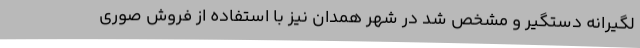
لگیرانه دستگیر و مشخص شد در شهر همدان نیز با استفاده از فروش صوری